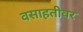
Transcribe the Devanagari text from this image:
वसाहतीवर